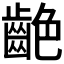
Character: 𪗼